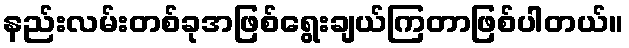
နည်းလမ်းတစ်ခုအဖြစ်ရွေးချယ်ကြတာဖြစ်ပါတယ်။